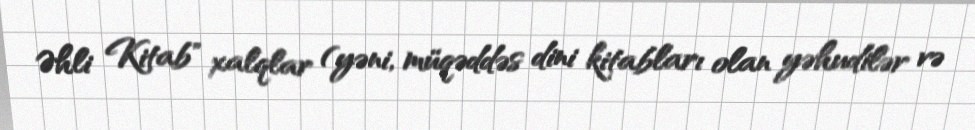
Əhli Kitab" xalqlar (yəni, müqəddəs dini kitabları olan yəhudilər və